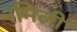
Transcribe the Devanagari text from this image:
रमिली